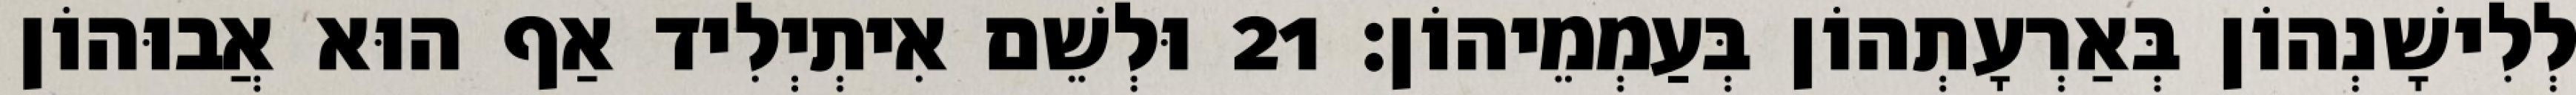
לְלִישָׁנְהוֹן בְּאַרְעָתְהוֹן בְּעַמְמֵיהוֹן׃ 21 וּלְשֵׁם אִיתְיְלִיד אַף הוּא אֲבוּהוֹן